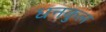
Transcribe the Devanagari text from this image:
धनकुल